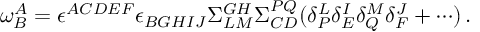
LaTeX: \omega _ { B } ^ { A } = \epsilon ^ { A C D E F } \epsilon _ { B G H I J } \Sigma _ { L M } ^ { G H } \Sigma _ { C D } ^ { P Q } ( \delta _ { P } ^ { L } \delta _ { E } ^ { I } \delta _ { Q } ^ { M } \delta _ { F } ^ { J } + \cdots ) \, .